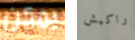
يمكن راكيش